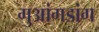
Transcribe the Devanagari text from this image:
गुआंगडांग